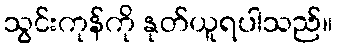
သွင်းကုန်ကို နုတ်ယူရပါသည်။